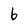
Character: 6